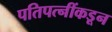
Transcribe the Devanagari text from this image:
पतिपत्नींकडून